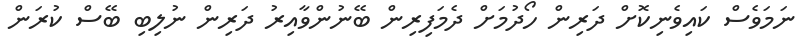
ނަމަވެސް ކައިވެނިކޮށް ދަރިން ހޯދުމަށް ދެމަފިރިން ބޭނުންވާއިރު ދަރިން ނުލިބި ބޭސް ކުރަން